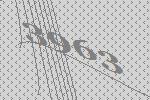
3963